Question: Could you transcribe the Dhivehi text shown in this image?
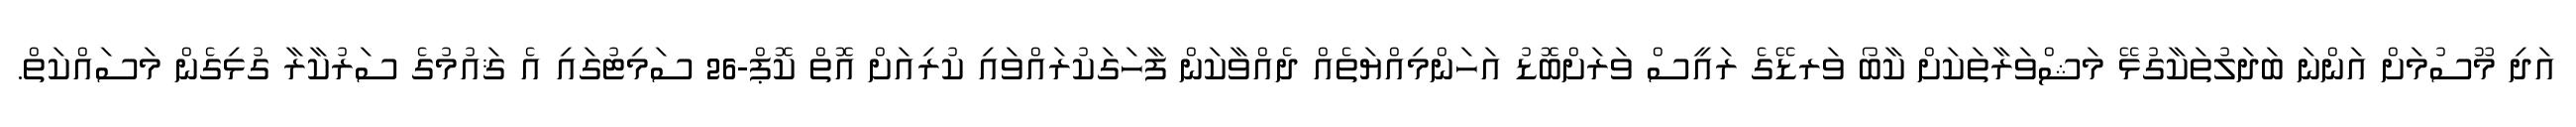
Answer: އަދި މޫސުމަށް އަންނަ ބަދަލުތަކާގުޅޭ މަޝްވަރާތަކަށް ކާބޯ ވަރޑޭގެ ރައީސް ވަރަށްބޮޑު އަހަންމިއްޔަތެއް ދެއްވާކަން ފާހަގަކުރައްވައި ކުރިއަށް އޮތް ކޮޕް-26 ސަމިޓުގައި އެ ޤައުމުގެ ސަރުކާރާ ގުޅިގެން މަސައްކަތް.